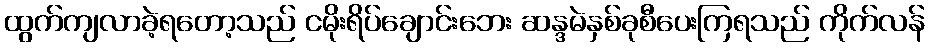
ထွက်ကျလာခဲ့ရတော့သည် ငမိုးရိပ်ချောင်းဘေး ဆန္ဒမဲနှစ်ခုစီပေးကြရသည် ကိုက်လန်